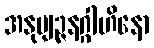
အနုဗျဉ္ဇနဂ္ဂါဟိနော